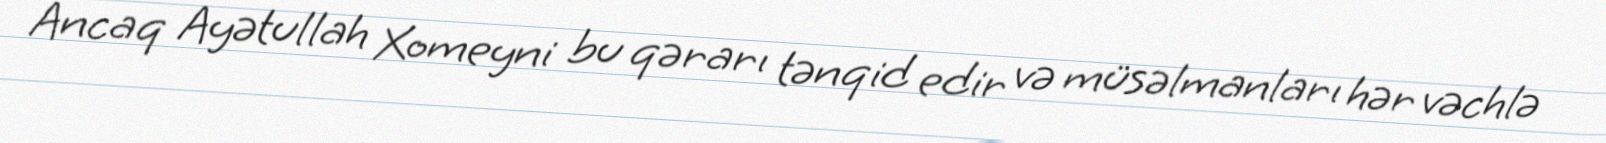
Ancaq Ayətullah Xomeyni bu qərarı tənqid edir və müsəlmanları hər vəchlə